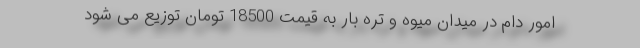
امور دام در میدان میوه و تره بار به قیمت 18500 تومان توزیع می شود